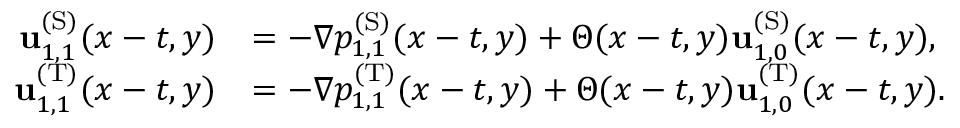
\begin{array} { r l } { \mathbf { u } _ { 1 , 1 } ^ { \mathrm { ( S ) } } ( x - t , y ) } & { = - \nabla p _ { 1 , 1 } ^ { \mathrm { ( S ) } } ( x - t , y ) + \Theta ( x - t , y ) \mathbf { u } _ { 1 , 0 } ^ { \mathrm { ( S ) } } ( x - t , y ) , } \\ { \mathbf { u } _ { 1 , 1 } ^ { \mathrm { ( T ) } } ( x - t , y ) } & { = - \nabla p _ { 1 , 1 } ^ { \mathrm { ( T ) } } ( x - t , y ) + \Theta ( x - t , y ) \mathbf { u } _ { 1 , 0 } ^ { \mathrm { ( T ) } } ( x - t , y ) . } \end{array}